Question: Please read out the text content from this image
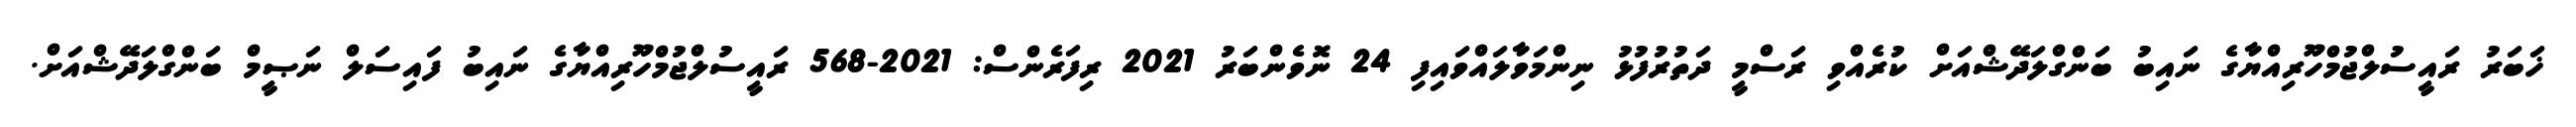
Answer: ޚަބަރު ރައީސުލްޖުމްހޫރިއްޔާގެ ނައިބު ބަންގްލަދޭޝްއަށް ކުރެއްވި ރަސްމީ ދަތުރުފުޅު ނިންމަވާލައްވައިފި 24 ނޮވެންބަރު 2021 ރިފަރެންސް: 2021-568 ރައީސުލްޖުމްހޫރިއްޔާގެ ނައިބު ފައިސަލް ނަޞީމް ބަންގްލަދޭޝްއަށް.